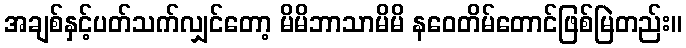
အချစ်နှင့်ပတ်သက်လျှင်တော့ မိမိဘာသာမိမိ နဝေတိမ်တောင်ဖြစ်မြဲတည်း။